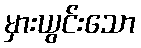
မှားယွင်းသော